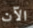
الآن